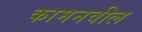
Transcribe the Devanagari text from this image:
कामनवील